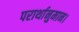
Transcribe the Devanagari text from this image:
परार्थानुमान।